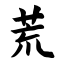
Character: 荒